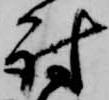
討